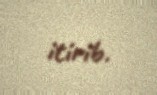
itirib.